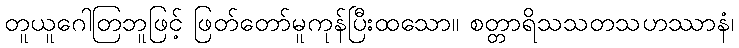
တူယူဂေါတြဘူဖြင့် ဖြတ်တော်မူကုန်ပြီးထသော။ စတ္တာရိသသတသဟဿာနံ၊